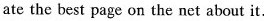
ate the best page on the net about it.